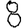
Digit: 8